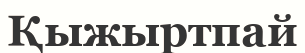
Қыжыртпай